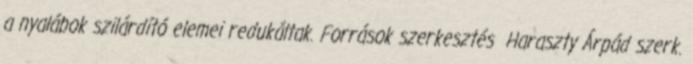
a nyalábok szilárdító elemei redukáltak. Források szerkesztés Haraszty Árpád szerk.